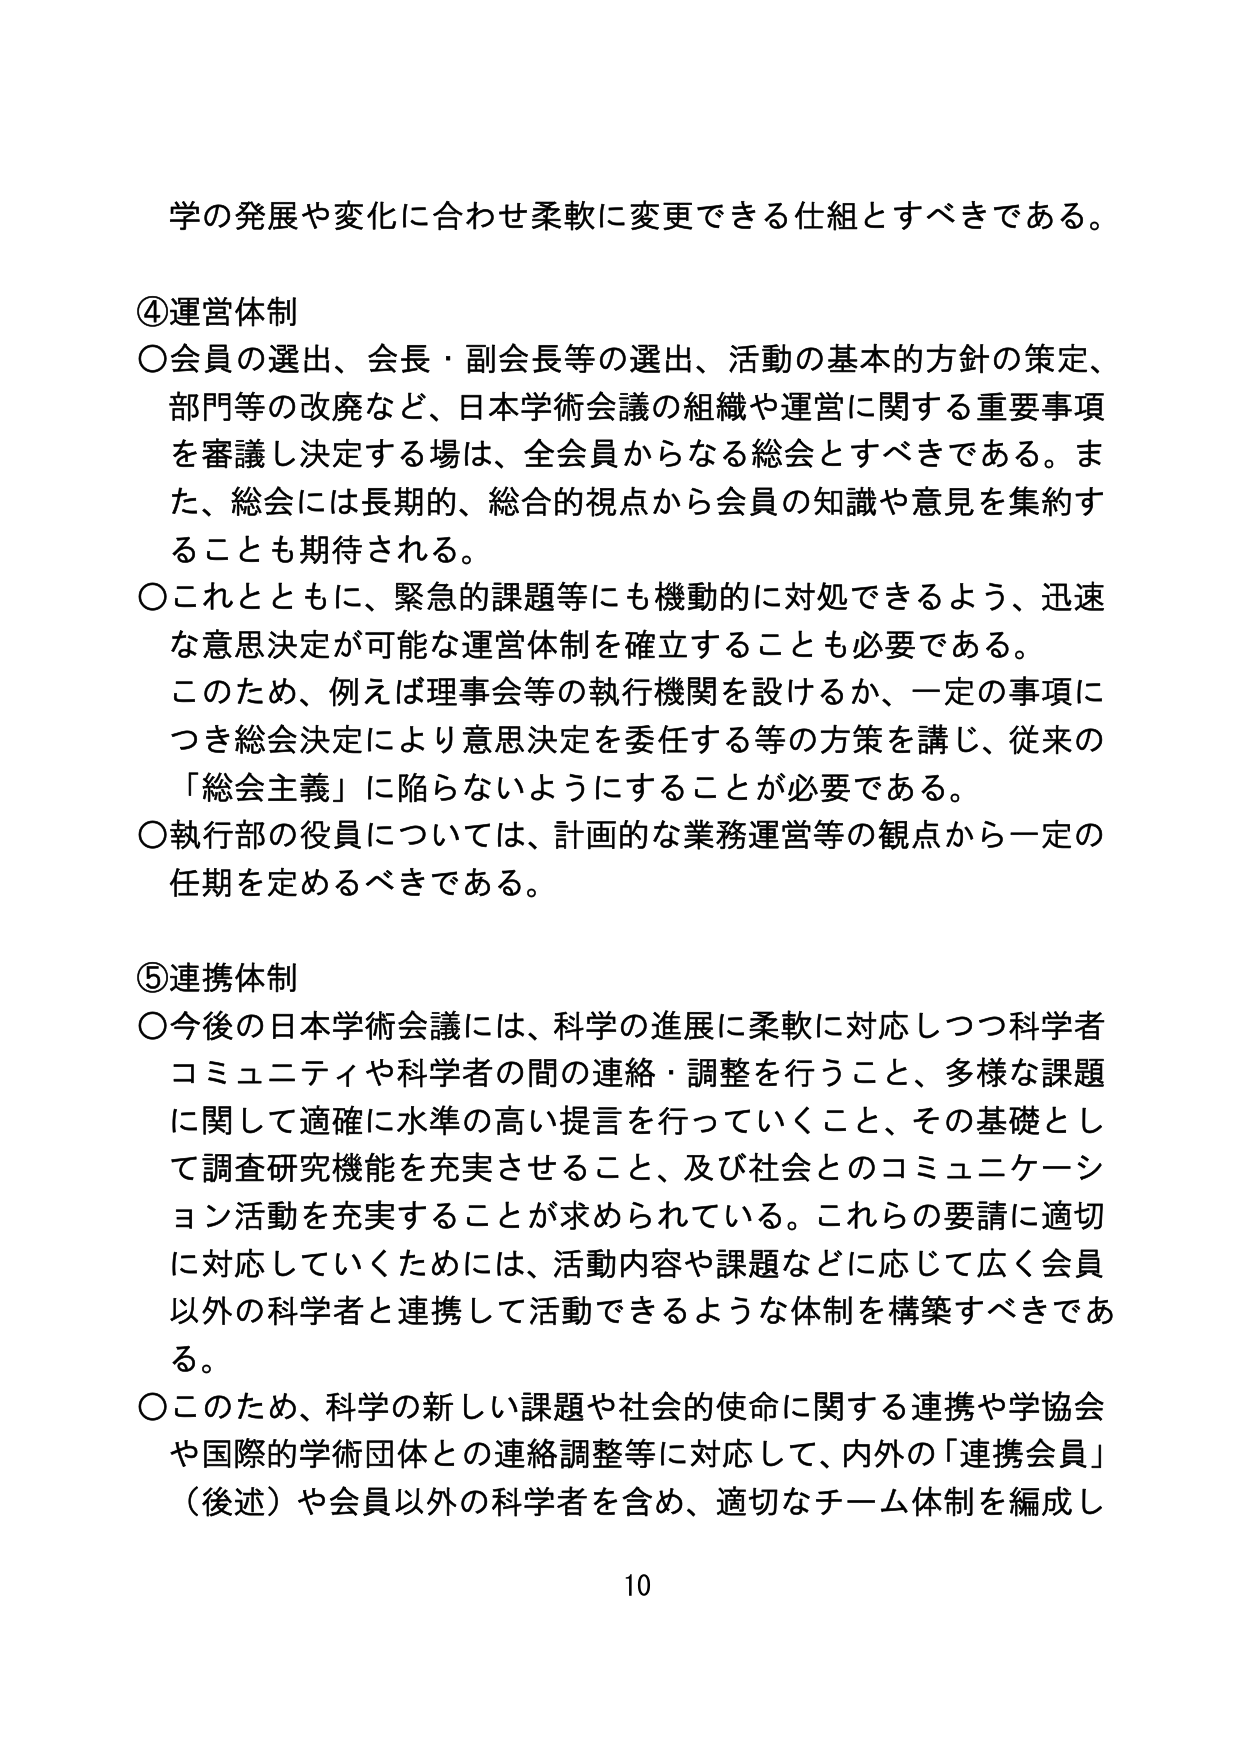
学の発展や変化に合わせ柔軟に変更できる仕組とすべきである。

④運営体制
○会員の選出、会長・副会長等の選出、活動の基本的方針の策定、
部門等の改廃など、日本学術会議の組織や運営に関する重要事項
を審議し決定する場は、全会員からなる総会とすべきである。ま
た、総会には長期的、総合的視点から会員の知識や意見を集約す
ることも期待される。
○これとともに、緊急的課題等にも機動的に対処できるよう、迅速
な意思決定が可能な運営体制を確立することも必要である。
このため、例えば理事会等の執行機関を設けるか、一定の事項に
つき総会決定により意思決定を委任する等の方策を講じ、従来の
「総会主義」に陥らないようにすることが必要である。
○執行部の役員については、計画的な業務運営等の観点から一定の
任期を定めるべきである。

⑤連携体制
○今後の日本学術会議には、科学の進展に柔軟に対応しつつ科学者
コミュニティや科学者の間の連絡・調整を行うこと、多様な課題
に関して適確に水準の高い提言を行っていくこと、その基礎とし
て調査研究機能を充実させること、及び社会とのコミュニケーション活動を充実することが求められている。これらの要請に適切
に対応していくためには、活動内容や課題などに応じて広く会員
以外の科学者と連携して活動できるような体制を構築すべきであ
る。
○このため、科学の新しい課題や社会的使命に関する連携や学協会
や国際的学術団体との連絡調整等に対応して、内外の「連携会員」
（後述）や会員以外の科学者を含め、適切なチーム体制を編成し

10